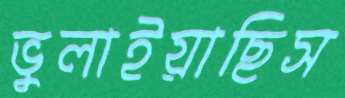
ভুলাইয়াছিস